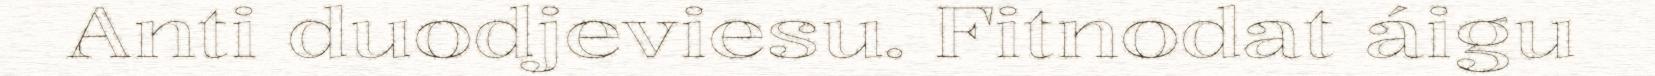
Anti duodjeviesu. Fitnodat áigu